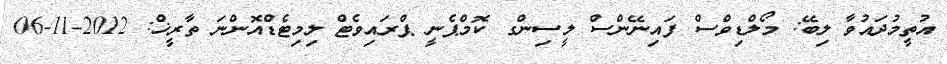
އުތީމުދައުވާ ލިބޭ: މޯލްޑިވްސް ފައިނޭންސް ލީސިންގ ކޮމްޕެނީ ޕްރައިވެޓް ލިމިޓެޑްއޮންނަ ތާރީޚް: 2012-11-06